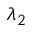
\lambda _ { 2 }